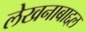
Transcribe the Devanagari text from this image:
लेखनाबाद्दल